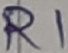
Text: R1